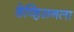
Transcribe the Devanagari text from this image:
डेव्हिसनला